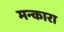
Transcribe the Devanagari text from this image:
मन्कारा